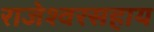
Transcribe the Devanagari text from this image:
राजेश्वरसहाय